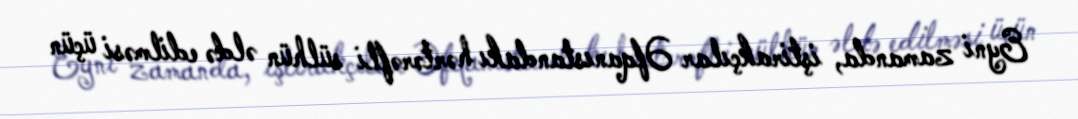
Eyni zamanda, iştirakçılar Əfqanıstandakı hərtərəfli sülhün əldə edilməsi üçün